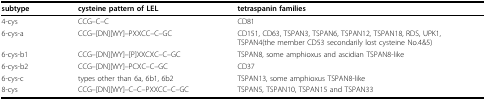
<table><thead><tr><td><b>subtype</b></td><td><b>cysteine pattern of LEL</b></td><td><b>tetraspanin families</b></td></tr></thead><tbody><tr><td>4-cys</td><td>CCG--C--C</td><td>CD81</td></tr><tr><td>6-cys-a</td><td>CCG--[DN][WY]--PXXCC--C--GC</td><td>CD151, CD63, TSPAN3, TSPAN6, TSPAN12, TSPAN18, RDS, UPK1,TSPAN4(the member CD53 secondarily lost cysteine No.4&amp;5)</td></tr><tr><td>6-cys-b1</td><td>CCG--[DN][WY]--[P]XXCXC--C--GC</td><td>TSPAN8, some amphioxus and ascidian TSPAN8-like</td></tr><tr><td>6-cys-b2</td><td>CCG--[DN][WY]--PCXC--C--GC</td><td>CD37</td></tr><tr><td>6-cys-c</td><td>types other than 6a, 6b1, 6b2</td><td>TSPAN13, some amphioxus TSPAN8-like</td></tr><tr><td>8-cys</td><td>CCG--[DN][WY]--C--C--PXXCC--C--GC</td><td>TSPAN5, TSPAN10, TSPAN15 and TSPAN33</td></tr></tbody></table>